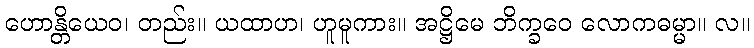
ဟောန္တိယေဝ၊ တည်း။ ယထာဟ၊ ဟူမူကား။ အဋ္ဌိမေ ဘိက္ခဝေ လောကဓမ္မာ။ လ။